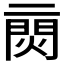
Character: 𨴙